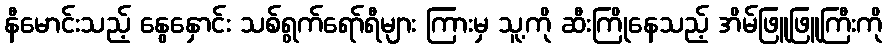
နီမောင်းသည့် နွေနှောင်း သစ်ရွက်ရော်ရီများ ကြားမှ သူ့ကို ဆီးကြိုနေသည့် အိမ်ဖြူဖြူကြီးကို